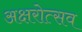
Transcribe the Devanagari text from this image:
अक्षरोत्सव